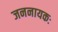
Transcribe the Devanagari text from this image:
जननायकः